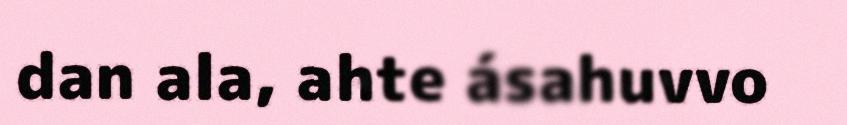
dan ala, ahte ásahuvvo